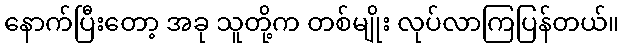
နောက်ပြီးတော့ အခု သူတို့က တစ်မျိုး လုပ်လာကြပြန်တယ်။